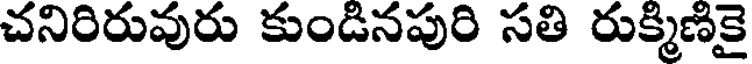
చనిరిరువురు కుండినపురి సతి రుక్మిణికై